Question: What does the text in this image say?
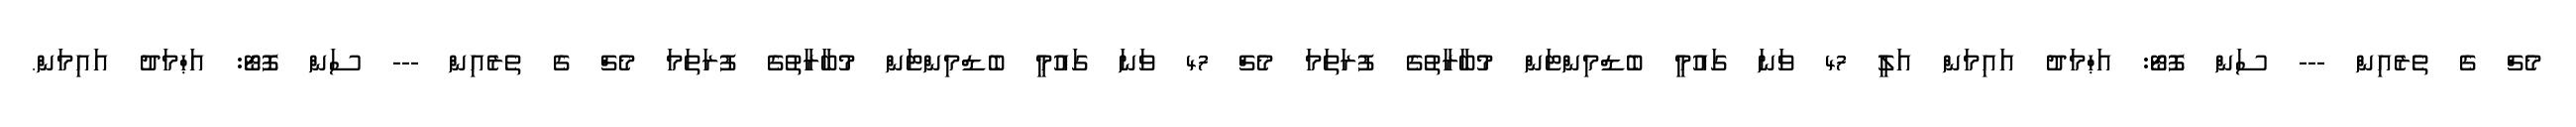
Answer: މެޗް ގެ ތެރެއިން --- ސަން ފޮޓޯ: އަޙްމަދު އައިމަން އަލީ 47 ވަނަ ގައުމީ ބެޑްމިންޓަން މުބާރާތުގެ ފުރަތަމަ މެޗް 47 ވަނަ ގައުމީ ބެޑްމިންޓަން މުބާރާތުގެ ފުރަތަމަ މެޗް ގެ ތެރެއިން --- ސަން ފޮޓޯ: އަޙްމަދު އައިމަން.